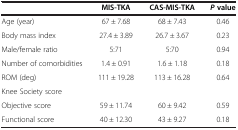
<table><thead><tr><td><b> </b></td><td><b>MIS-TKA</b></td><td><b>CAS-MIS-TKA</b></td><td><b><i>P </i>value</b></td></tr></thead><tbody><tr><td>Age (year)</td><td>67 ± 7.68</td><td>68 ± 7.43</td><td>0.46</td></tr><tr><td>Body mass index</td><td>27.4 ± 3.89</td><td>26.7 ± 3.67</td><td>0.23</td></tr><tr><td>Male/female ratio</td><td>5:71</td><td>5:70</td><td>0.94</td></tr><tr><td>Number of comorbidities</td><td>1.4 ± 0.91</td><td>1.6 ± 1.18</td><td>0.18</td></tr><tr><td>ROM (deg)</td><td>111 ± 19.28</td><td>113 ± 16.28</td><td>0.64</td></tr><tr><td>Knee Society score</td><td> </td><td> </td><td> </td></tr><tr><td>Objective score</td><td>59 ± 11.74</td><td>60 ± 9.42</td><td>0.59</td></tr><tr><td>Functional score</td><td>40 ± 12.30</td><td>43 ± 9.27</td><td>0.18</td></tr></tbody></table>